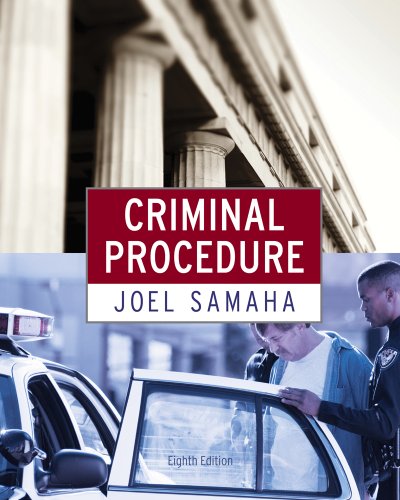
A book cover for Criminal Procedure; Joel Samaha; Law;